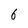
Character: 6